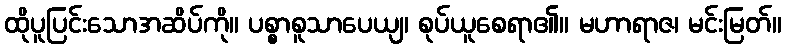
ထိုပူပြင်းသောအဆိပ်ကို။ ပစ္စာစူသာပေယျ၊ စုပ်ယူစေရာ၏။ မဟာရာဇ၊ မင်းမြတ်။